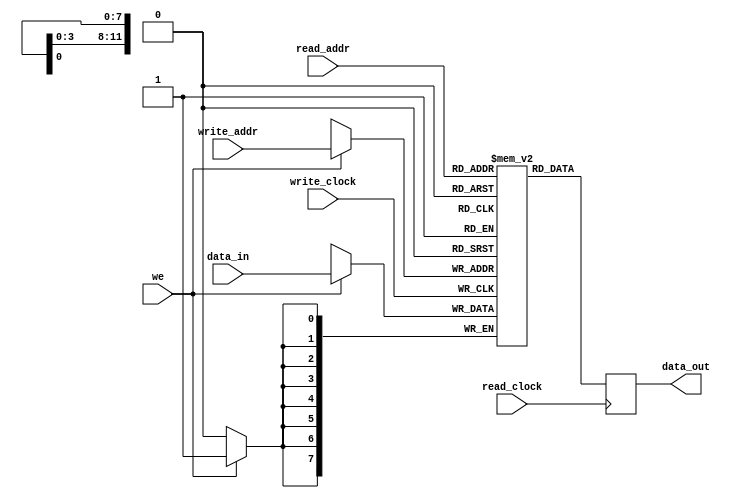
/*
  Copyright (c) 2015, miya
  All rights reserved.

  Redistribution and use in source and binary forms, with or without modification, are permitted provided that the following conditions are met:

  1. Redistributions of source code must retain the above copyright notice, this list of conditions and the following disclaimer.

  2. Redistributions in binary form must reproduce the above copyright notice, this list of conditions and the following disclaimer in the documentation and/or other materials provided with the distribution.

  THIS SOFTWARE IS PROVIDED BY THE COPYRIGHT HOLDERS AND CONTRIBUTORS "AS IS" AND ANY EXPRESS OR IMPLIED WARRANTIES, INCLUDING, BUT NOT LIMITED TO, THE IMPLIED WARRANTIES OF MERCHANTABILITY AND FITNESS FOR A PARTICULAR PURPOSE ARE DISCLAIMED.
  IN NO EVENT SHALL THE COPYRIGHT OWNER OR CONTRIBUTORS BE LIABLE FOR ANY DIRECT, INDIRECT, INCIDENTAL, SPECIAL, EXEMPLARY, OR CONSEQUENTIAL DAMAGES (INCLUDING, BUT NOT LIMITED TO,
  PROCUREMENT OF SUBSTITUTE GOODS OR SERVICES; LOSS OF USE, DATA, OR PROFITS; OR BUSINESS INTERRUPTION) HOWEVER CAUSED AND ON ANY THEORY OF LIABILITY, WHETHER IN CONTRACT, STRICT LIABILITY, OR TORT (INCLUDING NEGLIGENCE OR OTHERWISE) ARISING IN ANY WAY OUT OF THE USE OF THIS SOFTWARE, EVEN IF ADVISED OF THE POSSIBILITY OF SUCH DAMAGE.
*/

module dual_clk_ram
  #(
    parameter DATA_WIDTH=8,
    parameter ADDR_WIDTH=12
    )
  (
   input [(DATA_WIDTH-1):0]      data_in,
   input [(ADDR_WIDTH-1):0]      read_addr,
   input [(ADDR_WIDTH-1):0]      write_addr,
   input                         we,
   input                         read_clock,
   input                         write_clock,
   output reg [(DATA_WIDTH-1):0] data_out
   );

  reg [DATA_WIDTH-1:0]           ram [0:(1 << ADDR_WIDTH)-1];

  always @(posedge read_clock)
    begin
      data_out <= ram[read_addr];
    end

  always @(posedge write_clock)
    begin
      if (we)
        begin
          ram[write_addr] <= data_in;
        end
    end
endmodule